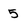
Character: 5